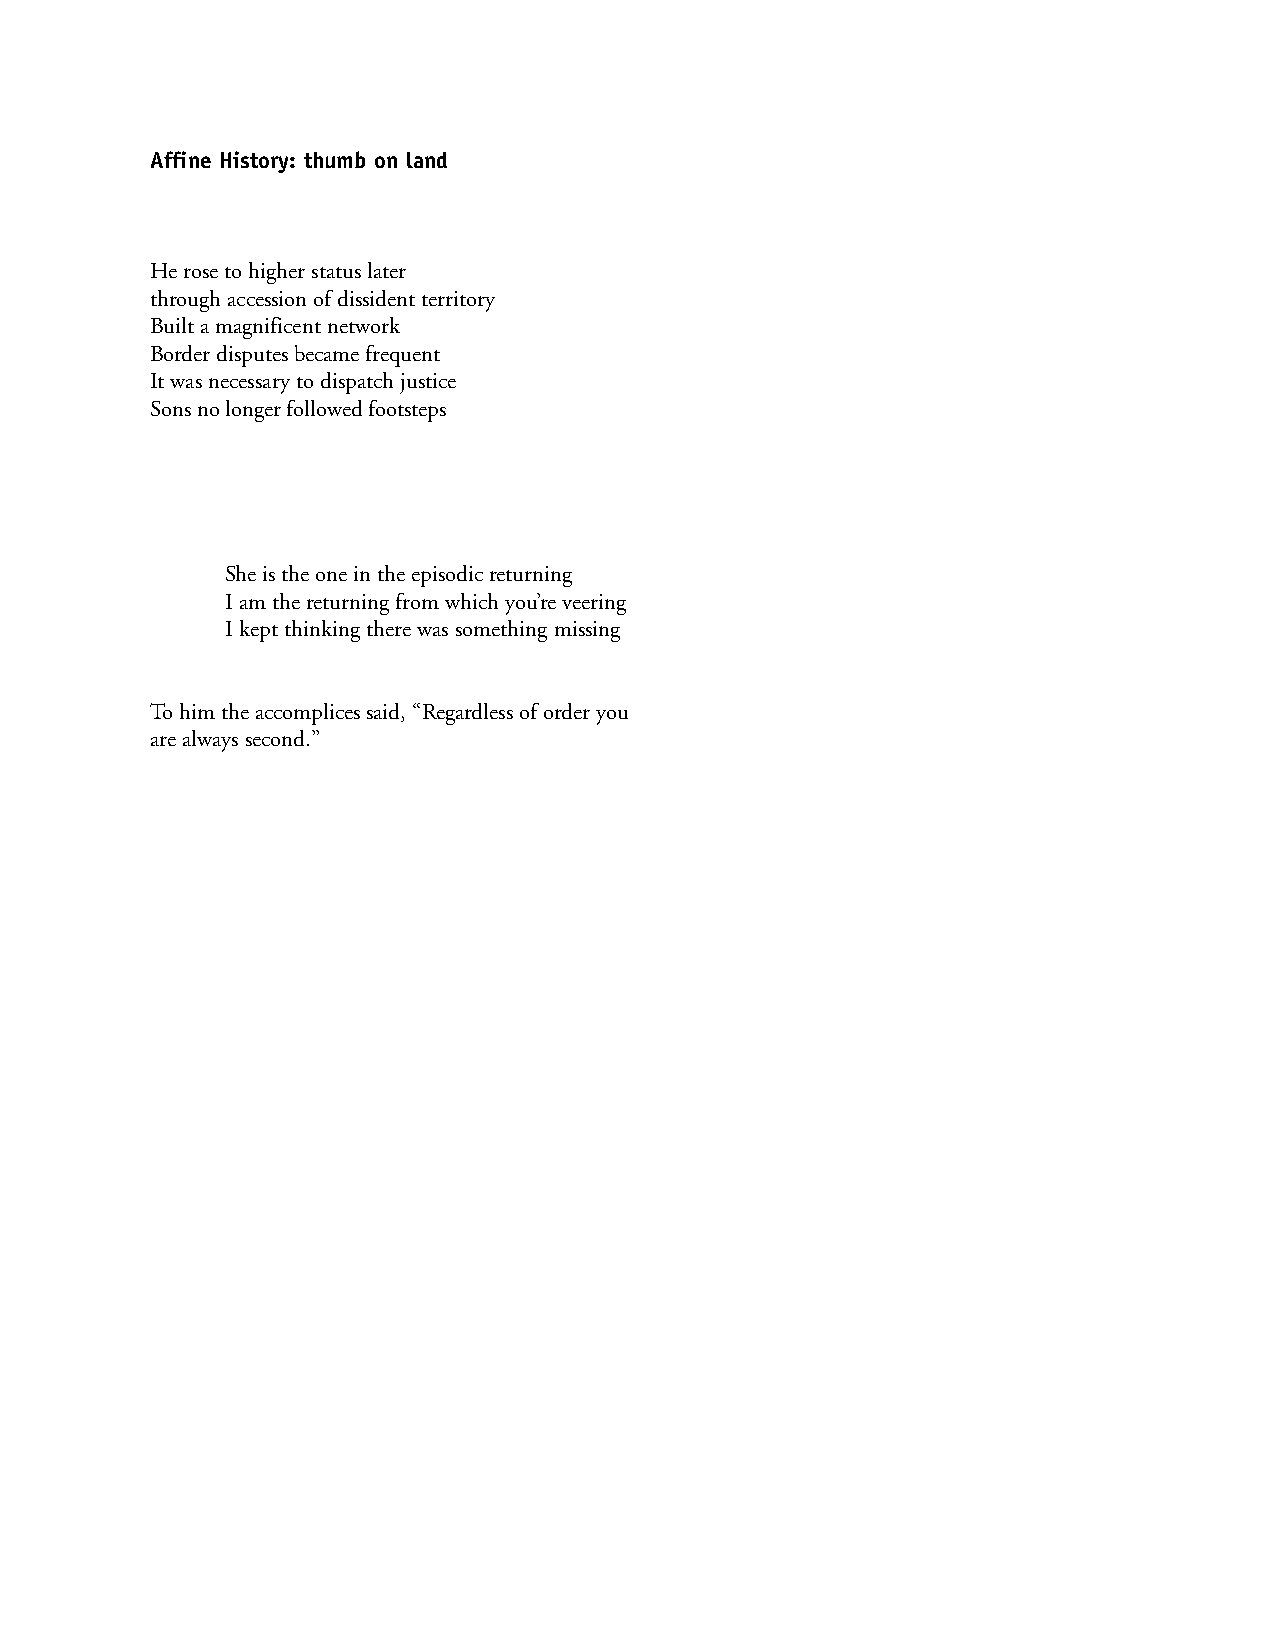
Affine History: thumb on land
 He rose to higher status later
 through accession of dissident territory
 Built a magnificent network
 Border disputes became frequent
 It was necessary to dispatch justice
 Sons no longer followed footsteps
 She is the one in the episodic returning
 I am the returning from which you’re veering
 I kept thinking there was something missing
 To him the accomplices said, “Regardless of order you
 are always second.”